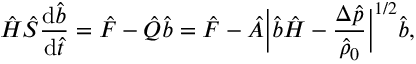
\hat { H } \hat { S } \frac { \mathrm { d } \hat { b } } { \mathrm { d } \hat { t } } = \hat { F } - \hat { Q } \hat { b } = \hat { F } - \hat { A } \bigg \lvert \hat { b } \hat { H } - \frac { \Delta \hat { p } } { \hat { \rho } _ { 0 } } \bigg \rvert ^ { 1 / 2 } \hat { b } ,